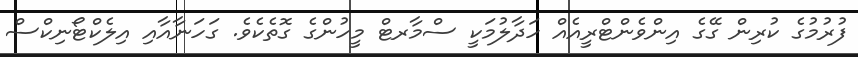
ފުރުމުގެ ކުރިން ގޭގެ އިންވެންޓްރީއެއް ހަދާލުމަކީ ސްމާރޓް މީހުންގެ ގޮތެކެވެ. ގަހަނާއާއި އިލެކްޓޯނިކްސް